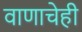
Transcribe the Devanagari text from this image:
वाणाचेही